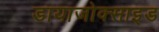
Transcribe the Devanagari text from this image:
डायाजोक्साइड